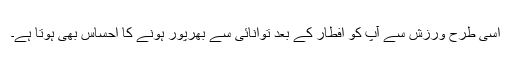
اسی طرح ورزش سے آپ کو افطار کے بعد توانائی سے بھرپور ہونے کا احساس بھی ہوتا ہے۔